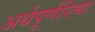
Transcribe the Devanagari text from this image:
अर्थपूर्णरित्या